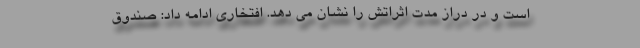
است و در دراز مدت اثراتش را نشان می دهد. افتخاری ادامه داد: صندوق